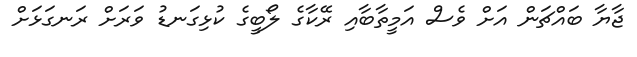
ޖާޔާ ބައްޗަން އަށް ވެސް އަމީތާބާއި ރޭކާގެ ލޯބީގެ ކުޅިގަނޑު ވަރަށް ރަނގަޅަށް